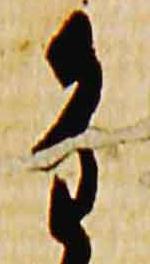
重